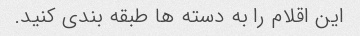
این اقلام را به دسته ها طبقه بندی کنید.